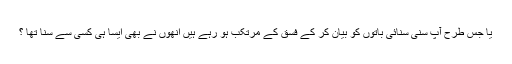
یا جس طرح آپ سنی سنائی باتوں کو بیان کر کے فسق کے مرتکب ہو رہے ہیں انھوں نے بھی ایسا ہی کسی سے سنا تھا ؟